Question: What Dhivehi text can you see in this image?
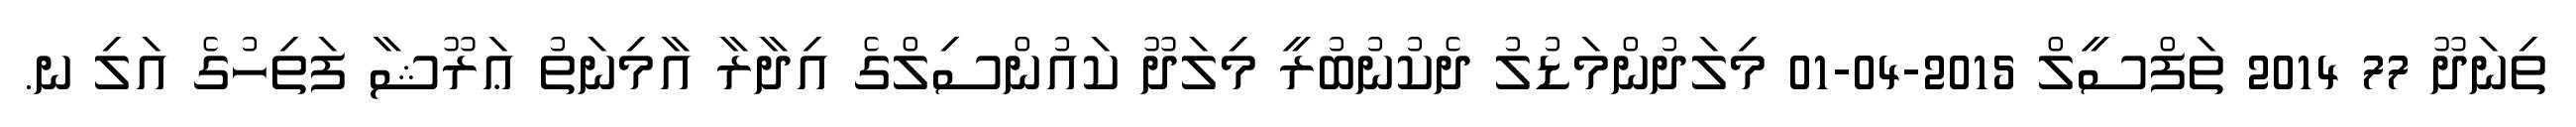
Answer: ތިނަދޫ 77 2014 ތަފްސީލް 2015-04-01 މިލަދުންމަޑުލު ދެކުނުބުރީ މިލަދޫ ކައުންސިލްގެ އިދާރާ އާމިނަތު ޢަރޫޝާ ފަތިހުގެ އަލި ނ.